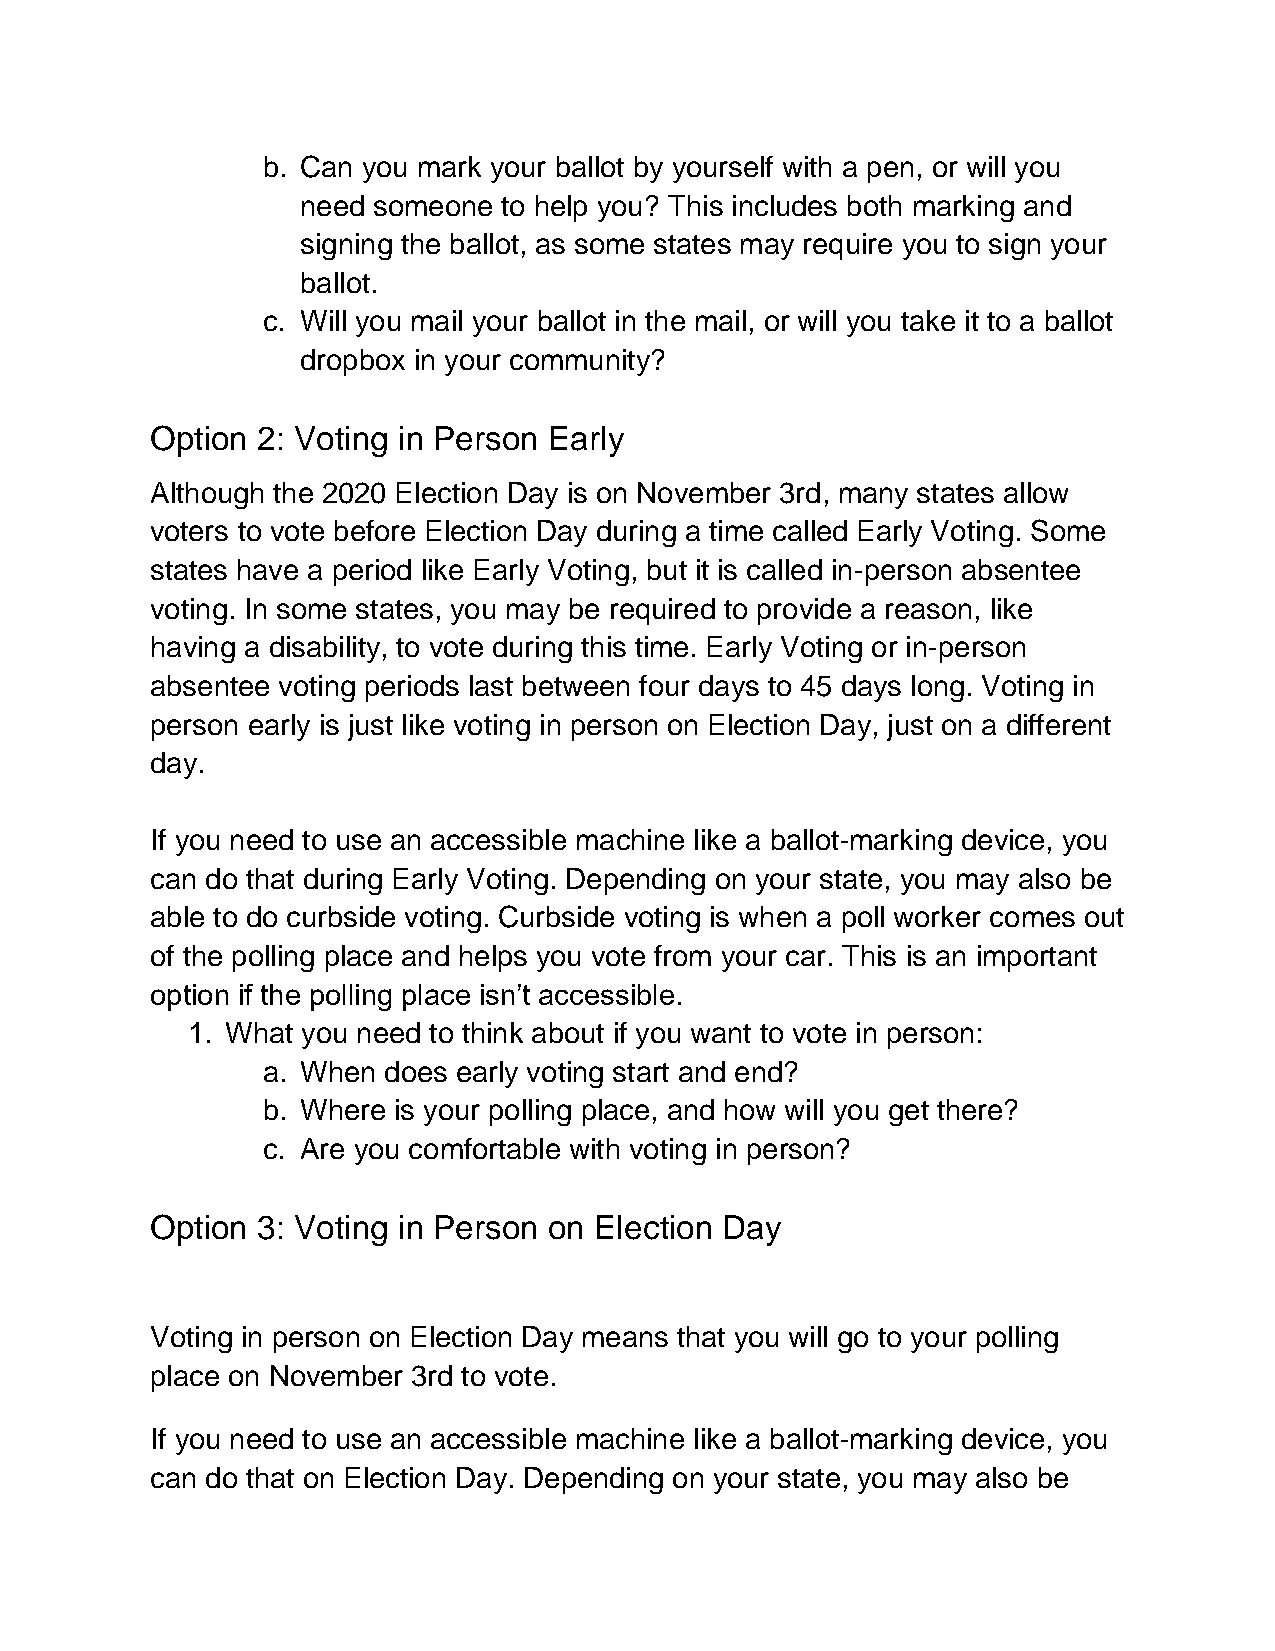
b. Can you mark your ballot by yourself with a pen, or will you
 need someone to help you? This includes both marking and
 signing the ballot, as some states may require you to sign your
 ballot.
 c. Will you mail your ballot in the mail, or will you take it to a ballot
 dropbox in your community?
 Option 2: Voting in Person Early
 Although the 2020 Election Day is on November 3rd, many states allow
 voters to vote before Election Day during a time called Early Voting. Some
 states have a period like Early Voting, but it is called in-person absentee
 voting. In some states, you may be required to provide a reason, like
 having a disability, to vote during this time. Early Voting or in-person
 absentee voting periods last between four days to 45 days long. Voting in
 person early is just like voting in person on Election Day, just on a different
 day.
 If you need to use an accessible machine like a ballot-marking device, you
 can do that during Early Voting. Depending on your state, you may also be
 able to do curbside voting. Curbside voting is when a poll worker comes out
 of the polling place and helps you vote from your car. This is an important
 option if the polling place isn’t accessible.
 1. What you need to think about if you want to vote in person:
 a. When does early voting start and end?
 b. Where is your polling place, and how will you get there?
 c. Are you comfortable with voting in person?
 Option 3: Voting in Person on Election Day
 Voting in person on Election Day means that you will go to your polling
 place on November 3rd to vote.
 If you need to use an accessible machine like a ballot-marking device, you
 can do that on Election Day. Depending on your state, you may also be